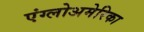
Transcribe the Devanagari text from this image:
एंग्लोअमेरिका